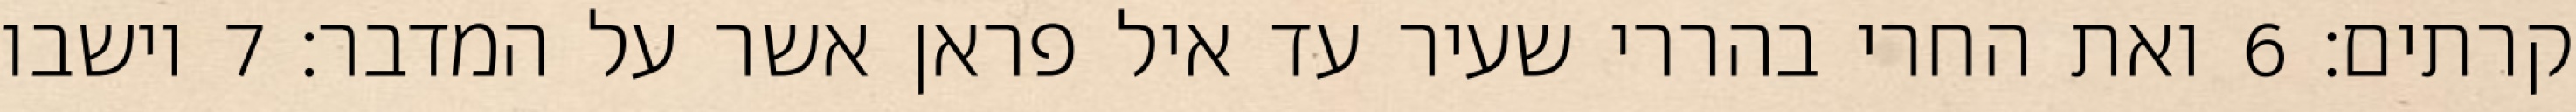
קרתים׃ ‎6‏ ואת החרי בהררי שעיר עד איל פראן אשר על המדבר׃ ‎7‏ וישבו